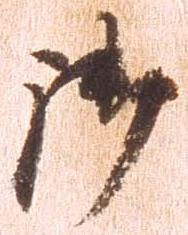
御